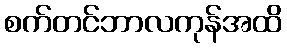
စက်တင်ဘာလကုန်အထိ